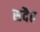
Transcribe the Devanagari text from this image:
सदैह